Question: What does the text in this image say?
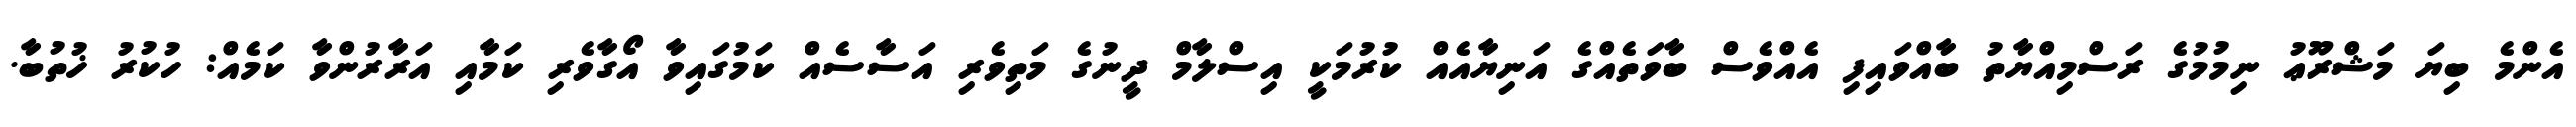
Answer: އެންމެ ބިޔަ މަޝްރޫޢު ނިމުމުގެ ރަސްމިއްޔާތު ބާއްވައިފި އެއްވެސް ބާވަތެއްގެ އަނިޔާއެއް ކުރުމަކީ އިސްލާމް ދީނުގެ މަތިވެރި އަސާސެއް ކަމުގައިވާ އޯގާވެރި ކަމާއި އަރާރުންވާ ކަމެއް: ހުކުރު ޚުތުބާ.